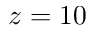
z = 1 0